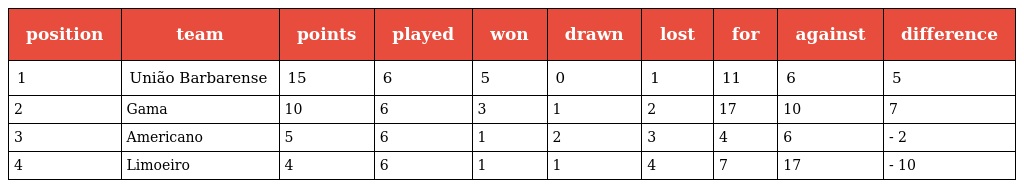
| position | team | points | played | won | drawn | lost | for | against | difference |
 | --- | --- | --- | --- | --- | --- | --- | --- | --- | --- |
 | 1 | União Barbarense | 15 | 6 | 5 | 0 | 1 | 11 | 6 | 5 |
 | 2 | Gama | 10 | 6 | 3 | 1 | 2 | 17 | 10 | 7 |
 | 3 | Americano | 5 | 6 | 1 | 2 | 3 | 4 | 6 | - 2 |
 | 4 | Limoeiro | 4 | 6 | 1 | 1 | 4 | 7 | 17 | - 10 |